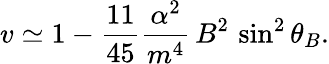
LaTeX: v\simeq 1-\frac{11}{45}\frac{\alpha^{2}}{m^{4}}\, B^{2}\, \sin^{2}\theta_{B}.